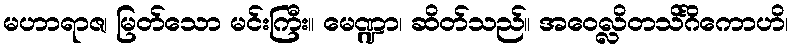
မဟာရာဇ၊ မြတ်သော မင်းကြီး။ မေဏ္ဍာ၊ ဆိတ်သည်။ အဝေလ္လိတသိင်္ဂိကောဟိ၊